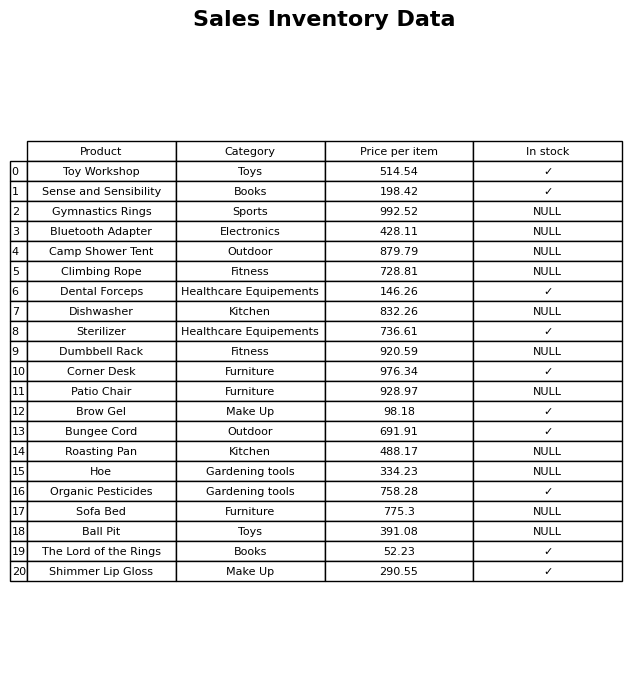
question: What category does the Organic Pesticides belong to?
answer: Gardening tools